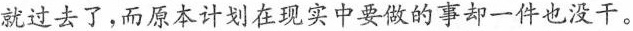
就过去了，而原本计划在现实中要做的事却一件也没干。